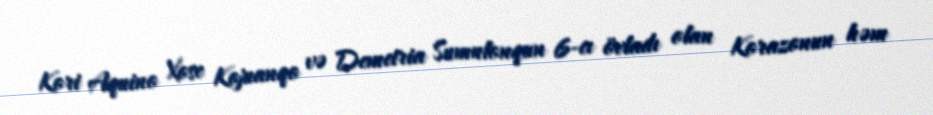
Kori Aquino Xose Kojuanqo və Demetria Sumulonqun 6-cı övladı olan Korazonun həm